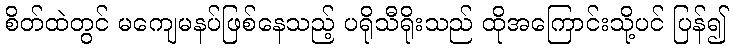
စိတ်ထဲတွင် မကျေမနပ်ဖြစ်နေသည့် ပရိုသီရိုးသည် ထိုအကြောင်းသို့ပင် ပြန်၍